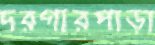
দরগারপাড়া